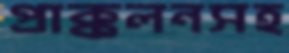
প্রাক্কলনসহ